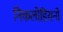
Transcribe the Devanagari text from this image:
निकलोडियनों